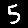
Digit: 5